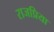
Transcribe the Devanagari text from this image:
राजप्रिया